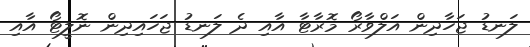
ލަނޑު ޖަހާދިން އަލްވާރޯ މޮރާޓާ އާއި ދެ ލަނޑު ޖަހައިދިން ނޮލީޓޯ އާއި